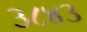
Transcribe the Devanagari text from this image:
३८४३